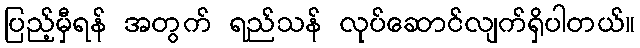
ပြည့်မှီရန် အတွက် ရည်သန် လုပ်ဆောင်လျက်ရှိပါတယ်။